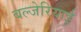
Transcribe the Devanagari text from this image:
बल्जेरियाई